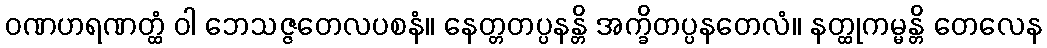
ဝဏဟရဏတ္ထံ ဝါ ဘေသဇ္ဇတေလပစနံ။ နေတ္တတပ္ပနန္တိ အက္ခိတပ္ပနတေလံ။ နတ္ထုကမ္မန္တိ တေလေန